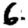
Digit: 6